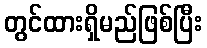
တွင်ထားရှိမည်ဖြစ်ပြီး